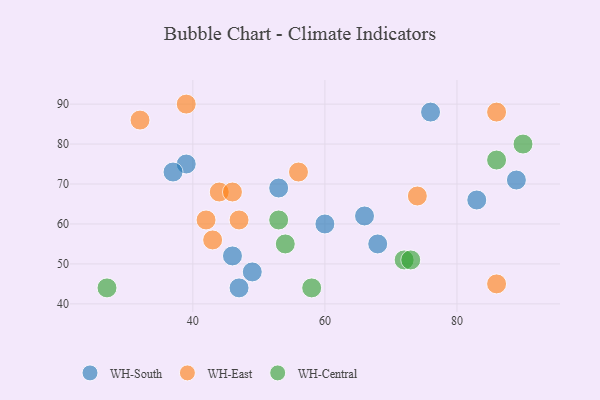
{"axis": {"x": "GDP", "y": "Life Expectancy"}, "legend": ["WH-Central", "WH-East", "WH-South"], "data": [{"x": "46", "y": 52, "type": "WH-South"}, {"x": "76", "y": 88, "type": "WH-South"}, {"x": "47", "y": 44, "type": "WH-South"}, {"x": "66", "y": 62, "type": "WH-South"}, {"x": "83", "y": 66, "type": "WH-South"}, {"x": "60", "y": 60, "type": "WH-South"}, {"x": "39", "y": 75, "type": "WH-South"}, {"x": "89", "y": 71, "type": "WH-South"}, {"x": "53", "y": 69, "type": "WH-South"}, {"x": "68", "y": 55, "type": "WH-South"}, {"x": "37", "y": 73, "type": "WH-South"}, {"x": "49", "y": 48, "type": "WH-South"}, {"x": "44", "y": 68, "type": "WH-East"}, {"x": "74", "y": 67, "type": "WH-East"}, {"x": "32", "y": 86, "type": "WH-East"}, {"x": "47", "y": 61, "type": "WH-East"}, {"x": "56", "y": 73, "type": "WH-East"}, {"x": "42", "y": 61, "type": "WH-East"}, {"x": "43", "y": 56, "type": "WH-East"}, {"x": "46", "y": 68, "type": "WH-East"}, {"x": "39", "y": 90, "type": "WH-East"}, {"x": "86", "y": 88, "type": "WH-East"}, {"x": "86", "y": 45, "type": "WH-East"}, {"x": "86", "y": 76, "type": "WH-Central"}, {"x": "90", "y": 80, "type": "WH-Central"}, {"x": "72", "y": 51, "type": "WH-Central"}, {"x": "27", "y": 44, "type": "WH-Central"}, {"x": "53", "y": 61, "type": "WH-Central"}, {"x": "54", "y": 55, "type": "WH-Central"}, {"x": "58", "y": 44, "type": "WH-Central"}, {"x": "73", "y": 51, "type": "WH-Central"}]}